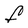
Character: F